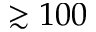
\gtrsim 1 0 0